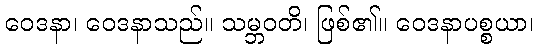
ဝေဒနာ၊ ဝေဒနာသည်။ သမ္ဘဝတိ၊ ဖြစ်၏။ ဝေဒနာပစ္စယာ၊